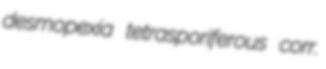
desmopexia tetrasporiferous corr.